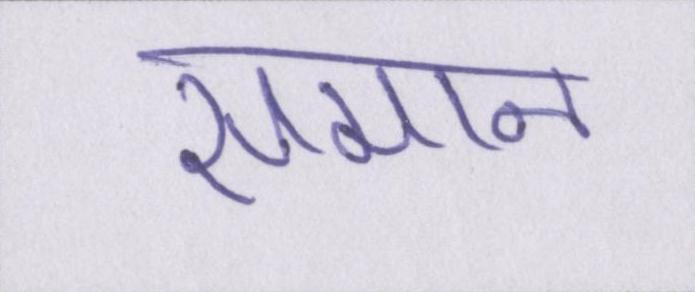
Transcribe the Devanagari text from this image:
समान